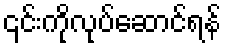
၎င်းကိုလုပ်ဆောင်ရန်